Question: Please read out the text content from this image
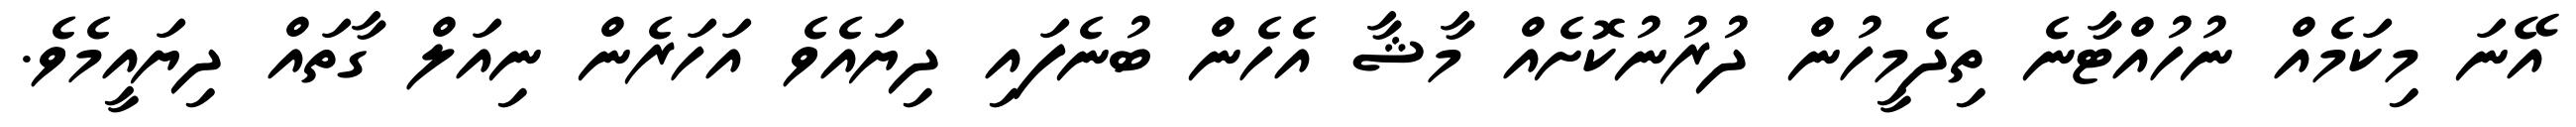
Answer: އޭނަ މިކަމެއް ނުހުއްޓާނެ ތިދެމީހުން ދުރުނުކޮށެއް މާޝާ އެހެން ބުނެފައި ދިޔައެވެ އަހަރެން ނިއަލް ގާތައް ދިޔައީމެވެ.